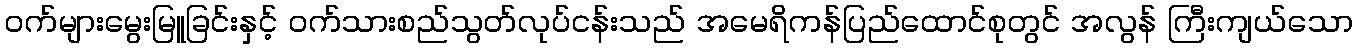
ဝက်များမွေးမြူခြင်းနှင့် ဝက်သားစည်သွတ်လုပ်ငန်းသည် အမေရိကန်ပြည်ထောင်စုတွင် အလွန် ကြီးကျယ်သော